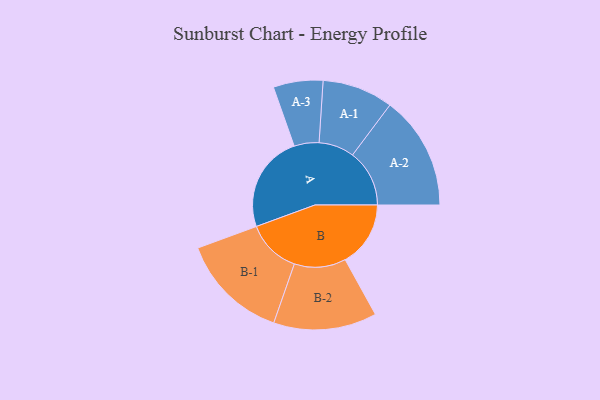
{"axis": {"x": "Segment", "y": "Value"}, "legend": ["", "A", "B"], "data": [{"x": "A", "y": 493, "type": ""}, {"x": "B", "y": 332, "type": ""}, {"x": "A-1", "y": 180, "type": "A"}, {"x": "A-2", "y": 289, "type": "A"}, {"x": "A-3", "y": 126, "type": "A"}, {"x": "B-1", "y": 275, "type": "B"}, {"x": "B-2", "y": 262, "type": "B"}]}